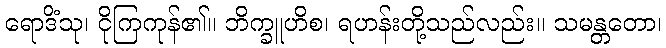
ရောဒိံသု၊ ငိုကြကုန်၏။ ဘိက္ခူဟိစ၊ ရဟန်းတို့သည်လည်း။ သမန္တတော၊